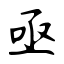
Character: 亟